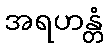
အရဟန္တံ